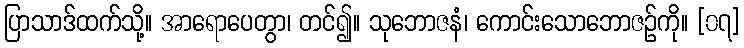
ပြာသာဒ်ထက်သို့။ အာရောပေတွာ၊ တင်၍။ သုဘောဇနံ၊ ကောင်းသောဘောဇဉ်ကို။ [၀၇]